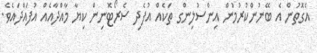
އެގޮތުން އެ ބޭނުންކުރުމުން އިންސުލިންގ ތަކެއް އުފެދި ސެރޯޓޮނިން ކިޔާ މާއްދާއެެއް އުފައްދައެވެ.